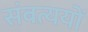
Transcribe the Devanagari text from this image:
संबत्ययों